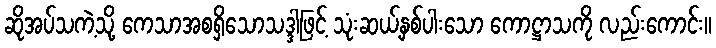
ဆိုအပ်သကဲ့သို့ ကေသာအစရှိသောသဒ္ဒါဖြင့် သုံးဆယ့်နှစ်ပါးသော ကောဋ္ဌာသကို လည်းကောင်း။